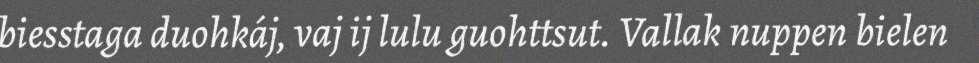
biesstaga duohkáj, vaj ij lulu guohttsut. Vallak nuppen bielen